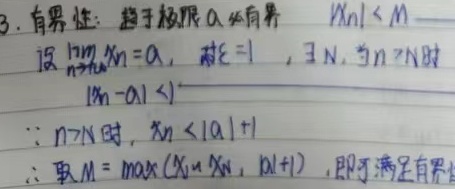
3. 有界性：趋于极限\(a\)必有界 \(|x_n|<M\)。设\(\lim_{n \to \infty}x_n = a\)，取\(\varepsilon = 1\)，\(\exists N\)，当\(n > N\)时，\(|x_n - a|<1\)。
\(\because n > N\)时，\(x_n<|a| + 1\)。
\(\therefore\)取\(M=\max(|x_1|,|x_2|,\cdots,|x_N|,|a| + 1)\)，即可满足有界性。